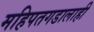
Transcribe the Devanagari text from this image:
महिपतगडालाही